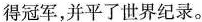
得冠军，并平了世界纪录。